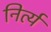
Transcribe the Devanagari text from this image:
निर्त्य